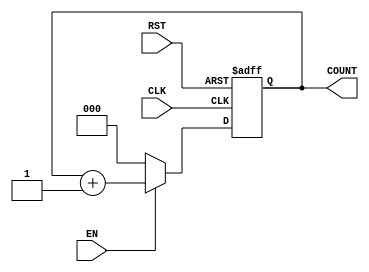
/*************************************************************************/
/****        Author         :   Eslam Hussein                         ****/
/****        Module         :   Counter                               ****/
/****        Project Name   :   UART Transmitter                      ****/
/****        Date           :   1 August 2021                         ****/
/****        Version        :   V.01                                  ****/
/*************************************************************************/

/************************ Module Definition  *****************************/ 
module Counter  

/************************ Module Interface   *****************************/

     (
         input wire CLK ,
		 input wire RST ,
		 input wire EN ,
		 output reg [2:0]COUNT
     );
	 
/************************  Module Body   *********************************/
/* Always Block */ 
always @(posedge CLK or negedge RST)
     begin
	     if(!RST)
	         begin			 
			     COUNT <= 3'b000 ; 	
			 end
	     else if (EN)
		     begin
	             COUNT <= COUNT + 3'b001 ;
	         end
	     else
		     begin
			     COUNT <= 3'b000 ; 	
			 end 
	 end

/****************************  Module End  ****************************/
endmodule